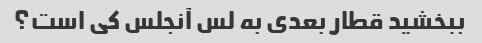
ببخشید قطار بعدی به لس آنجلس کی است؟